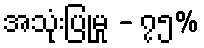
အသုံးပြုမှု - ၇၅%